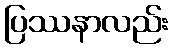
ပြဿနာလည်း